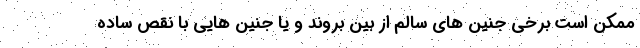
ممکن است برخی جنین های سالم از بین بروند و یا جنین هایی با نقص ساده